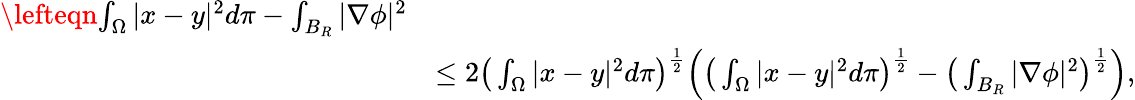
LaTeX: \begin{array}{rl}{\lefteqn{\int_{\Omega}|x-y|^{2}d\pi-\int_{B_{R}}|\nabla\phi|^{2}}}\\ &{\le 2\big(\int_{\Omega}|x-y|^{2}d\pi\big)^{\frac{1}{2}}\Big(\big(\int_{\Omega}|x-y|^{2}d\pi\big)^{\frac{1}{2}}-\big(\int_{B_{R}}|\nabla\phi|^{2}\big)^{\frac{1}{2}}\Big),}\end{array}